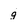
Character: g